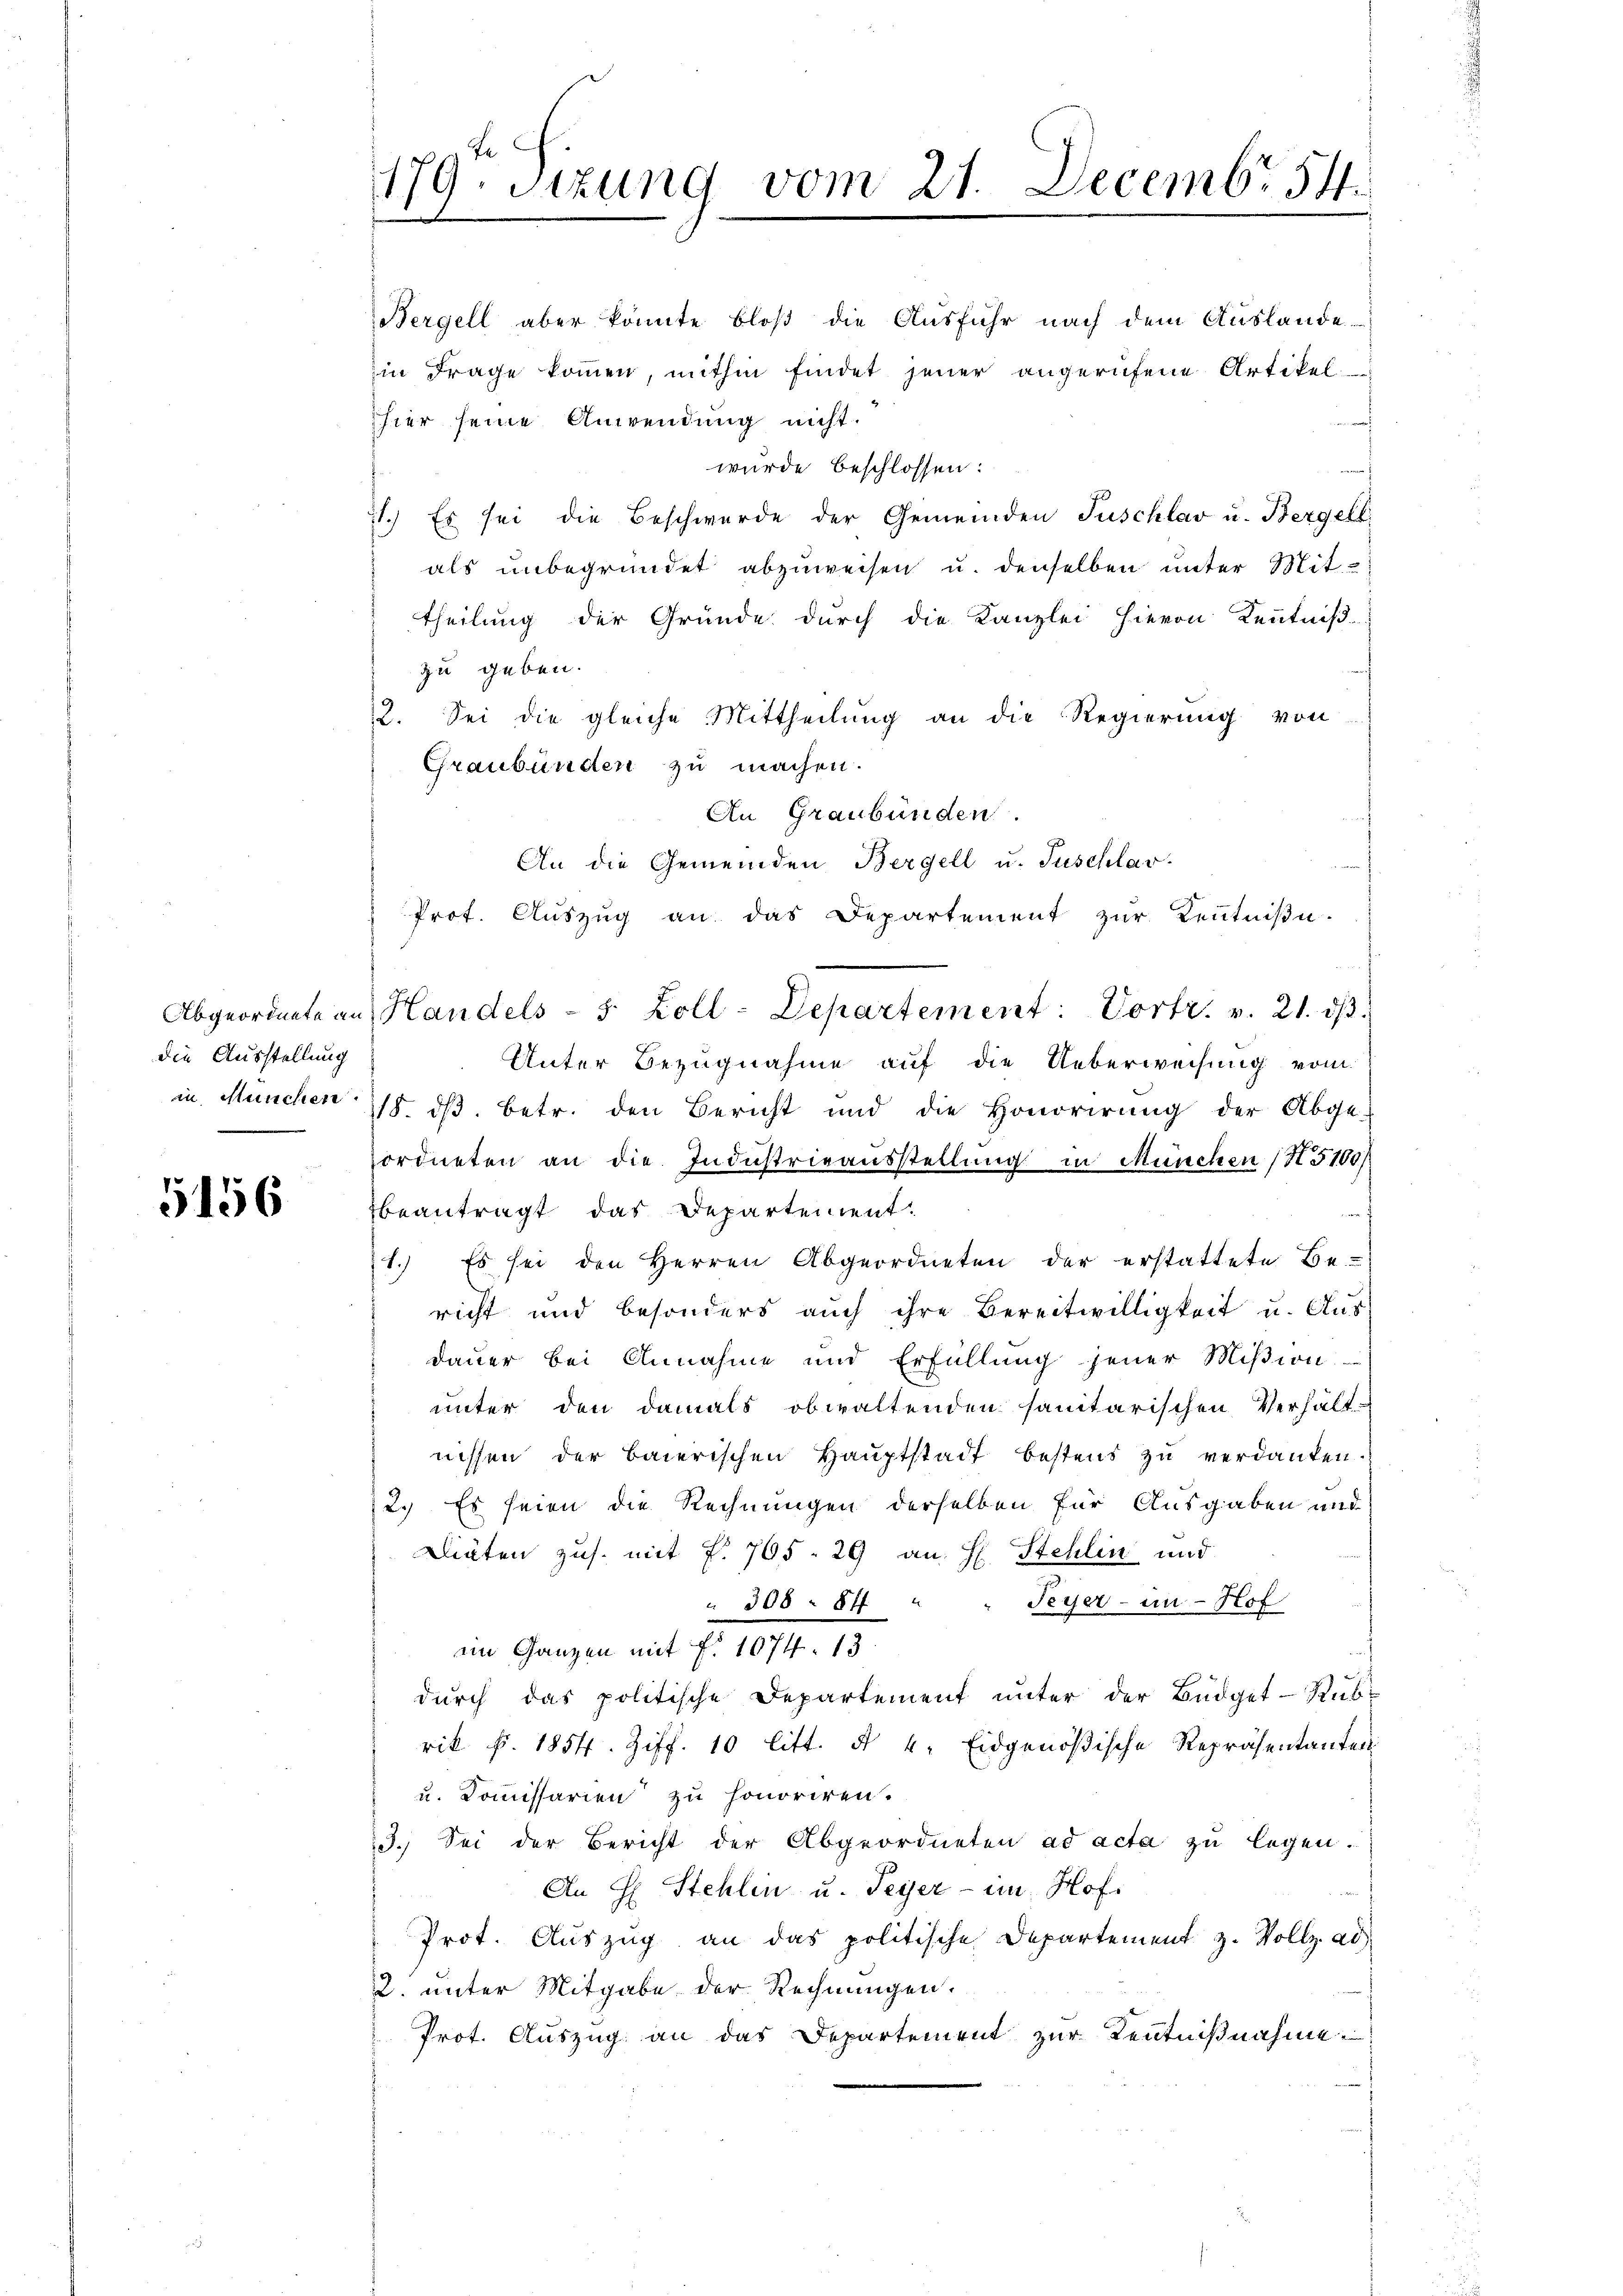
die Ausstellung

5156

hier seine Anwendung nicht.
E
wurde beschlossen:
71.) Es sei die Beschwerde der Gemeinden Puschlav u. Bergell
als unbegründet abzuweisen u. denselben unter Mit-
theilung der Gründe durch die Kanzlei hievon Kenntniß
zu geben.
2. Sei die gleiche Mittheilung an die Regierung von
Graubünden zu machen.
An Graubünden.
An die Gemeinden Bergell u. Tuschlar-
 Prot. Aŭszŭg an das Departement zŭr Keṅtniβe.
Abgeordnete an Handels- 5 Zoll-Departement: Vortr. v. 21. dβ.
Unter Bezugnahme auf die Ueberweisung vom
in München ist ds. betr. den Bericht und die Honorirŭng der Abge-
ordneten an die Industrieausstellung in München (S. 5100)
beantragt, das Departement.
f
1.) Es sei den Herren Abgeordneten der erstattete Be-
richt und besonders auch ihre Bereitwilligkeit u. Aus
dauer bei Annahme und Erfüllŭng jener Miβion.
unter den damals obwaltenden sanitarischen Verhält-
nissen der baierischen Hauptstadt bestens zu verdanken.
2. Es seien die Rechnungen derselben für Ausgaben und
Diäten zus. mit f. 705. 29 an H. Stehlin und
Feyer - in Hof
 308 8ff
im Ganzen mit Fr. 1074. 13
dŭrch das politische Departement ŭnter der Büdget-Rŭb-
rik f. 1854. Ziff. 10 litt. § 4. Eidgenößische Repräsentanten
u. Kommissarien zu honoriren.
3. Sei der Bericht der Abgeordneten ad acta zu legen.
An H. Stehlin u. Peyer - im Hof
Prot. Aŭszŭg an das politische Departement z. Vollz. ad
2. unter Mitgabe der Rechnungen.
Prot. Auszug an das Departement zur Kenntnißnahme

179. Sizung vom 21. Decembr. 54.
1

Bergell aber könnte bloß die Ausfuhr nach dem Auslande-
in Frage kommen, mithin findet jener angerufene Artikel